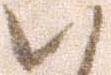
ハ